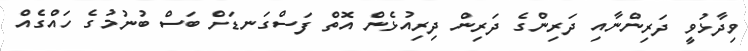
ވިދާޅުވީ ދަރިންނާއި ދަރިންގެ ދަރިން ދިރިއުޅެން އޮތް ފަސްގަނޑަށް ބަސް ބުނުމުގެ ހައްގެއް